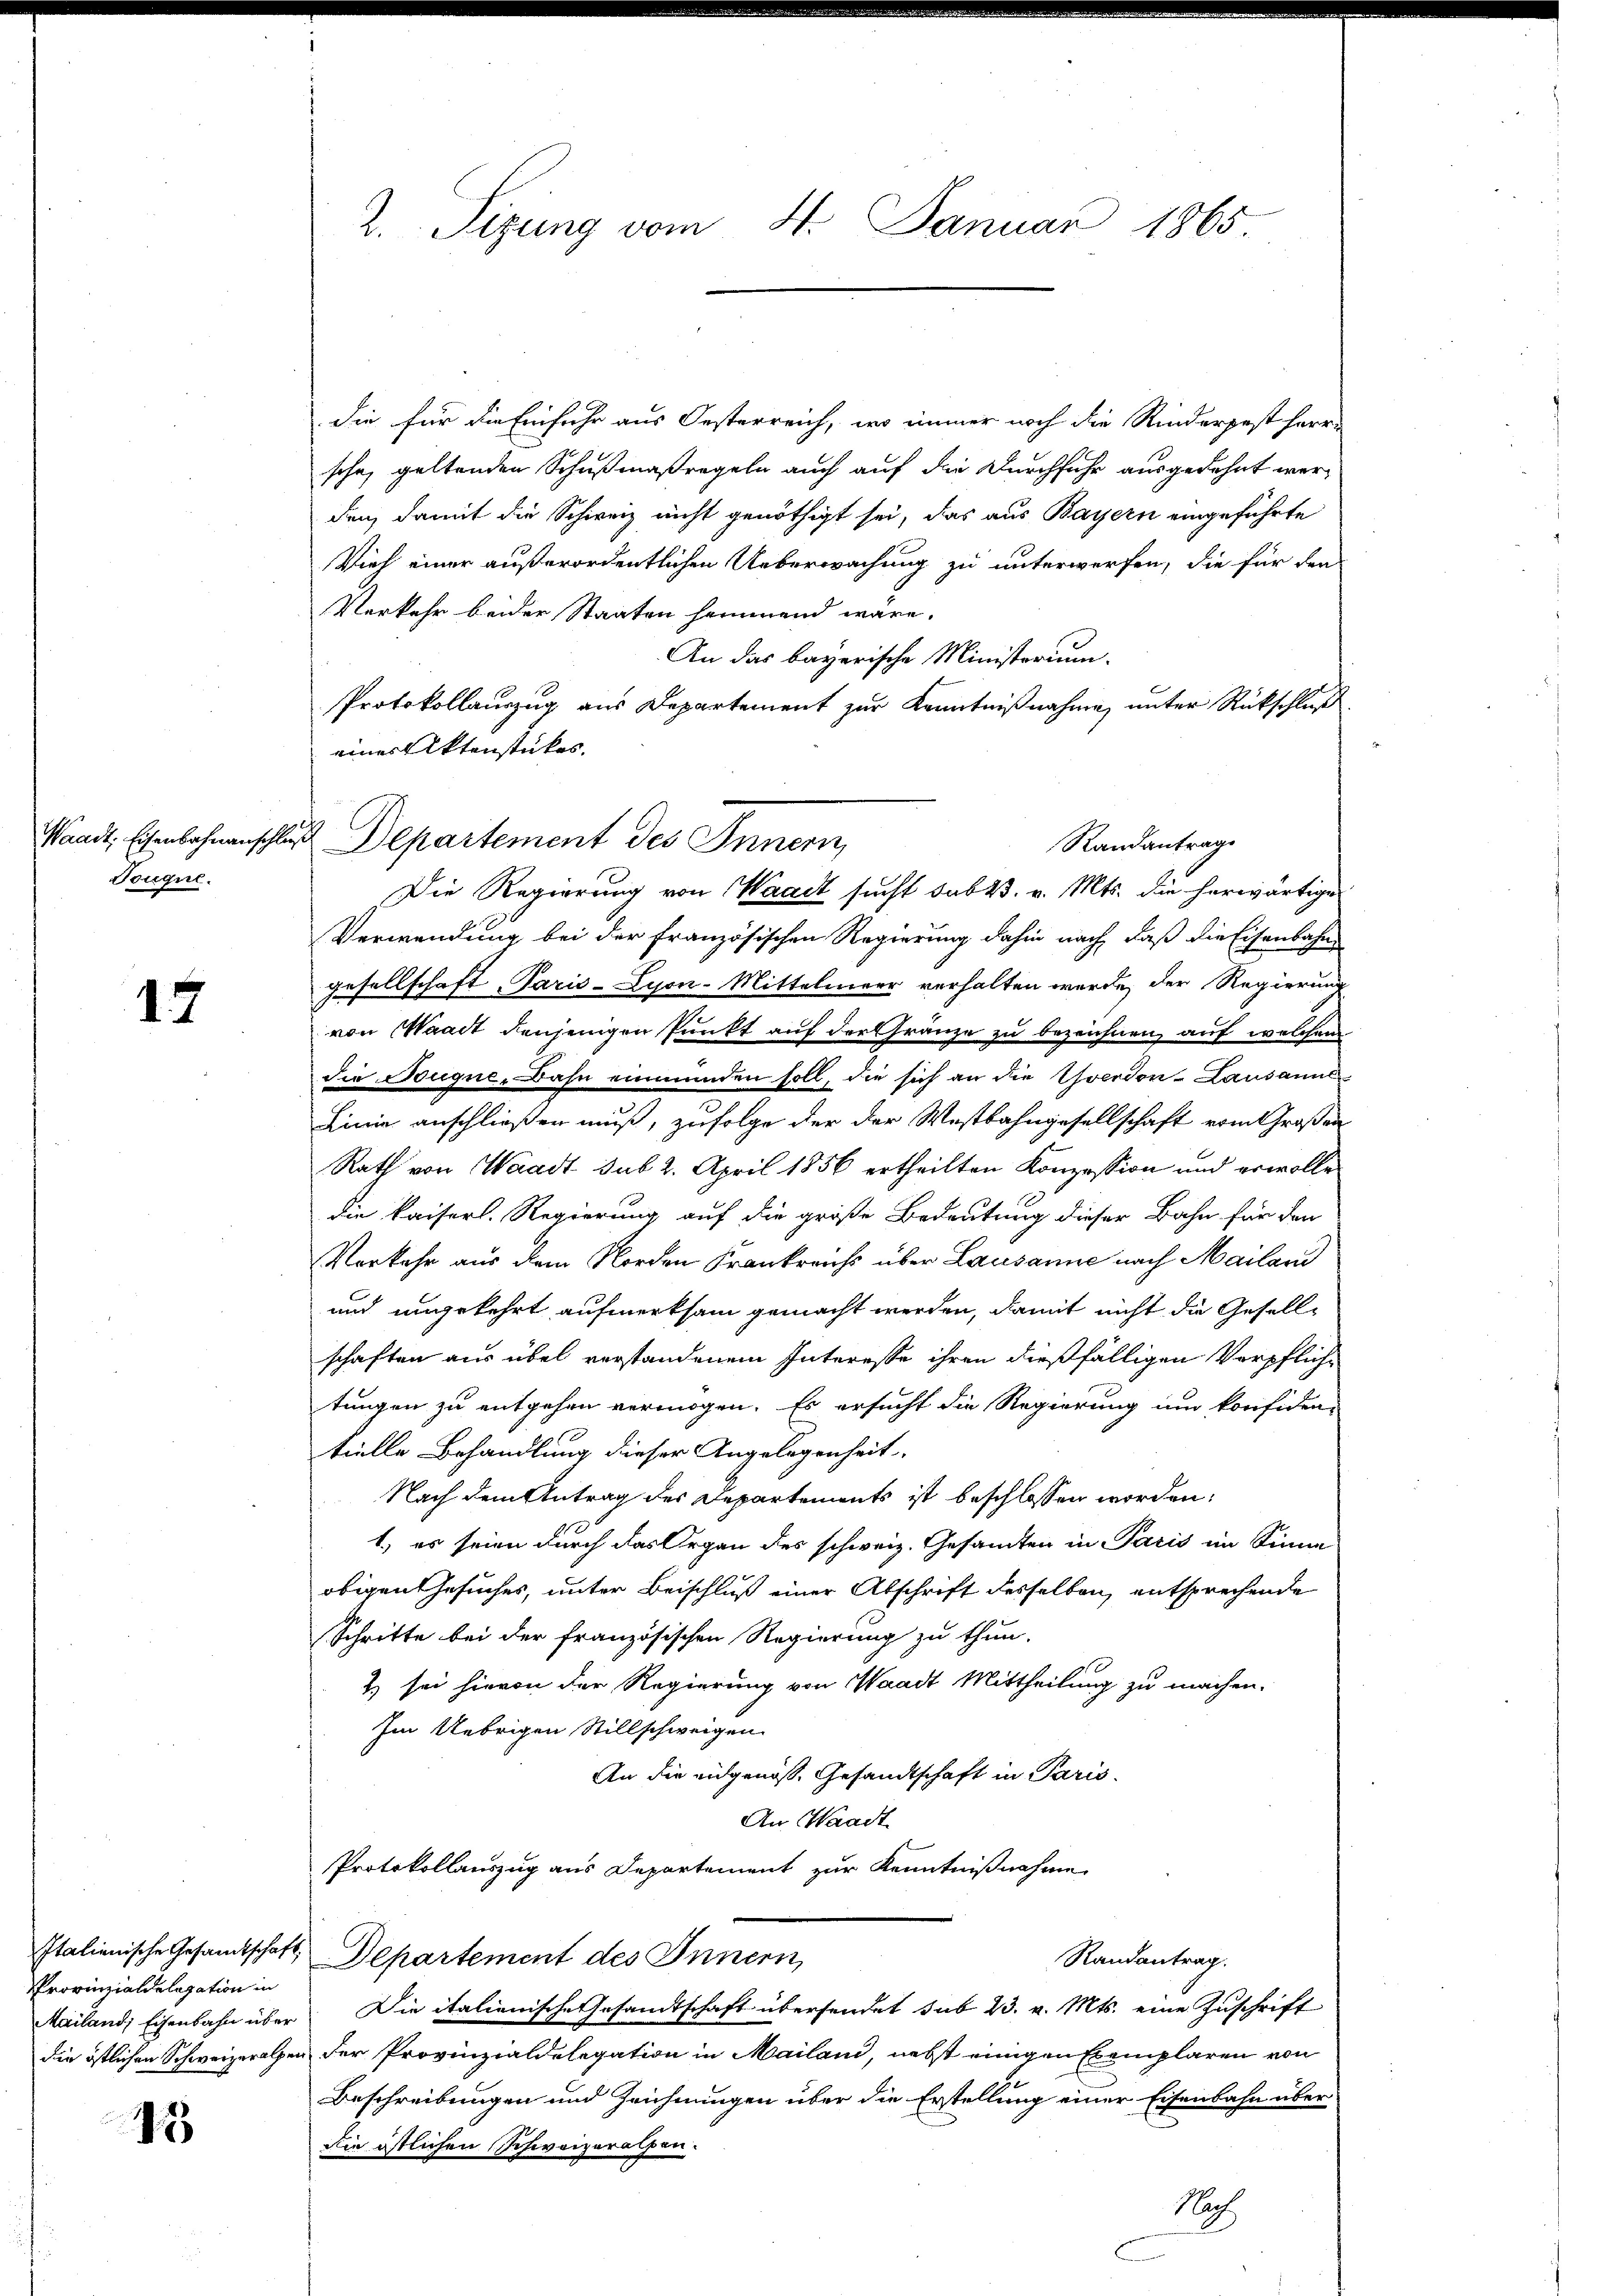
Touque.

17

Provinzialdelegation in

13

2. Sizung vom 4. Januar 1865

eines Aktenstückes.
Waadt, Eisenbahnenschluss Departement des Innern,

die für die Einfuhr aus Oesterreich, wo immer noch die Rinderpest herr-
sche, geltenden Schußmaßregeln auch auf die Durchfuhr ausgedehnt werden, damit die Schweiz nicht genöthigt sei, das aus Bayern eingeführte
Vieh einer außerordentlichen Ueberwachung zu unterwerfen, die für den
Verkehr beider Staaten hammend wäre.
An das bayerische Ministerium.
Protokollauszug aus Departement zur Kenntnißnahme unter Rückschluß
Verwendung bei der französischen Regierung dahin nach, daß die Eisenbahne
gesellschaft Paris-Lyon-Mittelmeer verhalten werde, der Regierung
von Waadt denjenigen Punkt auf der Gränze zu bezeichnen, auf welchem
die Neugne-Dahn einmünden soll, die sich an die verdon-Lausanne
Linie anschließen muß, zufolge der der Westbahngesellschaft vom Großen
Rath von Waadt sub 2. April 1856 ertheilten Konzession und erwolle
die kaiserl. Regierung auf die große Bedeutung dieser Bahn für den
Vorkehr aus dem Norden Krankreichs über Lausanne nach Mailand
und ungekehrt aufmerksam gemacht werden, damit nicht die Gesellschaften aus übel verstandenem Interesse ihren dießfälligen Verpflichtungen zu entgehen vermögen. Es ersucht die Regierung und konfiden-
tielle Behandlung dieser Angelegenheit.
Nach dem Antrag des Departements ist beschlossen worden:
1) es seien durch das Organ des schweiz. Gesandten in Paris im Sinne
obigen Gesuches, unter Beischluß einer Abschrift desselben entsprechende
Schritte bei der französischen Regierung zu thun.
& sei hievon der Regierung von Waadt Mittheilung zu machen.
Im Uebrigen Stillschweigen
An die eidgenoß. Gesandtschaft in Paris
An Waadt
Protokollauszug aus Departement zur Kenntnißnahme
Italienische Gesandtschaft, Departement des Innern,
Randantrag.
Mailand, Eisenbahn über. Die italienische Gesandtschaft übersendet sub 23. v. Mts. eine Zuschrift
die östlichen Schweizeralpen der Provinzialdelegation in Mailand, nebst einigen Exemplaren von
Beschreibungen und Zeichnungen über die Erstellung einer Eisenbahn über
die östlichen Schweizeralpen.
Nach

Randantrag
Die Regierung von Waadt sucht sub 23. v. Mts. die herwärtige